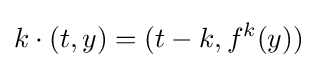
k\cdot (t,y)=(t-k,f^{k}(y))